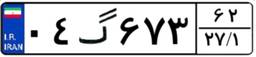
۰۴گ۶۷۳۶۲